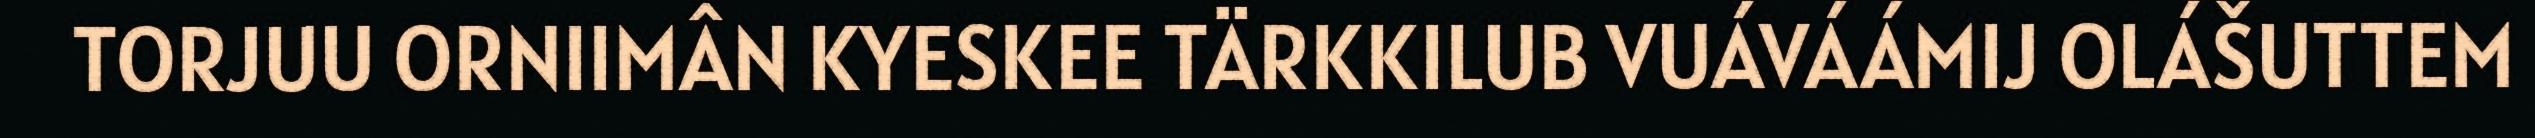
TORJUU ORNIIMÂN KYESKEE TÄRKKILUB VUÁVÁÁMIJ OLÁŠUTTEM